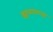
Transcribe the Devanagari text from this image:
झळाळता